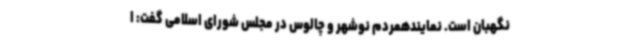
نگهبان است. نمایندهمردم نوشهر و چالوس در مجلس شورای اسلامی گفت: ا